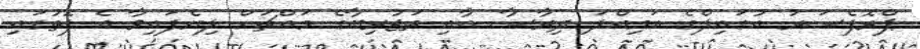
ޕްރޮފެސަރު އުގައިލްގެ އަމިއްލަ ދިރާސާ އާއި ތަޖުރިބާގެ މައްޗަށް ލިޔެފައިވާ އެ ފޮތުގައި